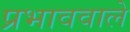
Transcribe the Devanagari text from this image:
प्रभाववाले